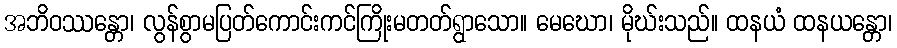
အဘိဝဿန္တော၊ လွန်စွာမပြတ်ကောင်းကင်ကြိုးမတတ်ရွာသော။ မေဃော၊ မိုဃ်းသည်။ ထနယံ ထနယန္တော၊